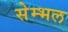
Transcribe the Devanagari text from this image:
सेम्भल